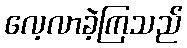
လေ့လာခဲ့ကြသည်